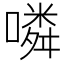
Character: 噒